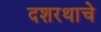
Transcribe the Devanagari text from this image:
दशरथाचे